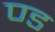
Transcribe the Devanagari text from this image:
ण्ड